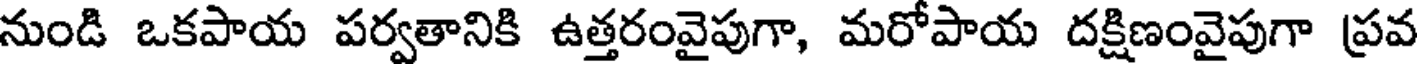
నుండి ఒకపాయ పర్వతానికి ఉత్తరంవైపుగా, మరోపాయ దక్షిణంవైపుగా ప్రవ